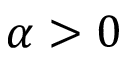
\alpha > 0